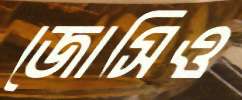
জোসিও